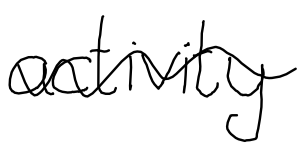
Text: activity
Cross-out: wave
Writing tool: digital_black